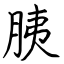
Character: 胰